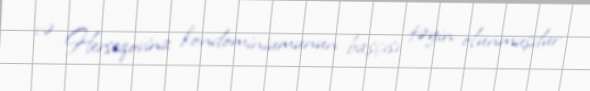
və Herseqovina kondominiumunun başçısı təyin olunmuşdur.